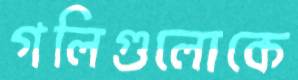
গলিগুলোকে